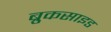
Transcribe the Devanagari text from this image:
ब्रुकसाइड